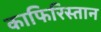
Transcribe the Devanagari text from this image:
काफिरिस्तान